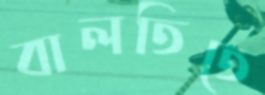
বালতিতে